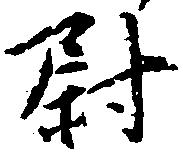
尉